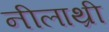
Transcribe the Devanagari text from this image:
नीलाथ्री